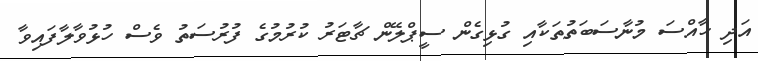
އަދި ހާއްސަ މުނާސަބަތުތަކާއި ގުޅިގެން ސީޕްލޭން ޗާޓަރު ކުރުމުގެ ފުރުސަތު ވެސް ހުޅުވާލާފައިވާ